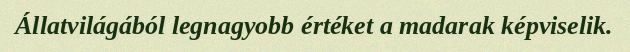
Állatvilágából legnagyobb értéket a madarak képviselik.